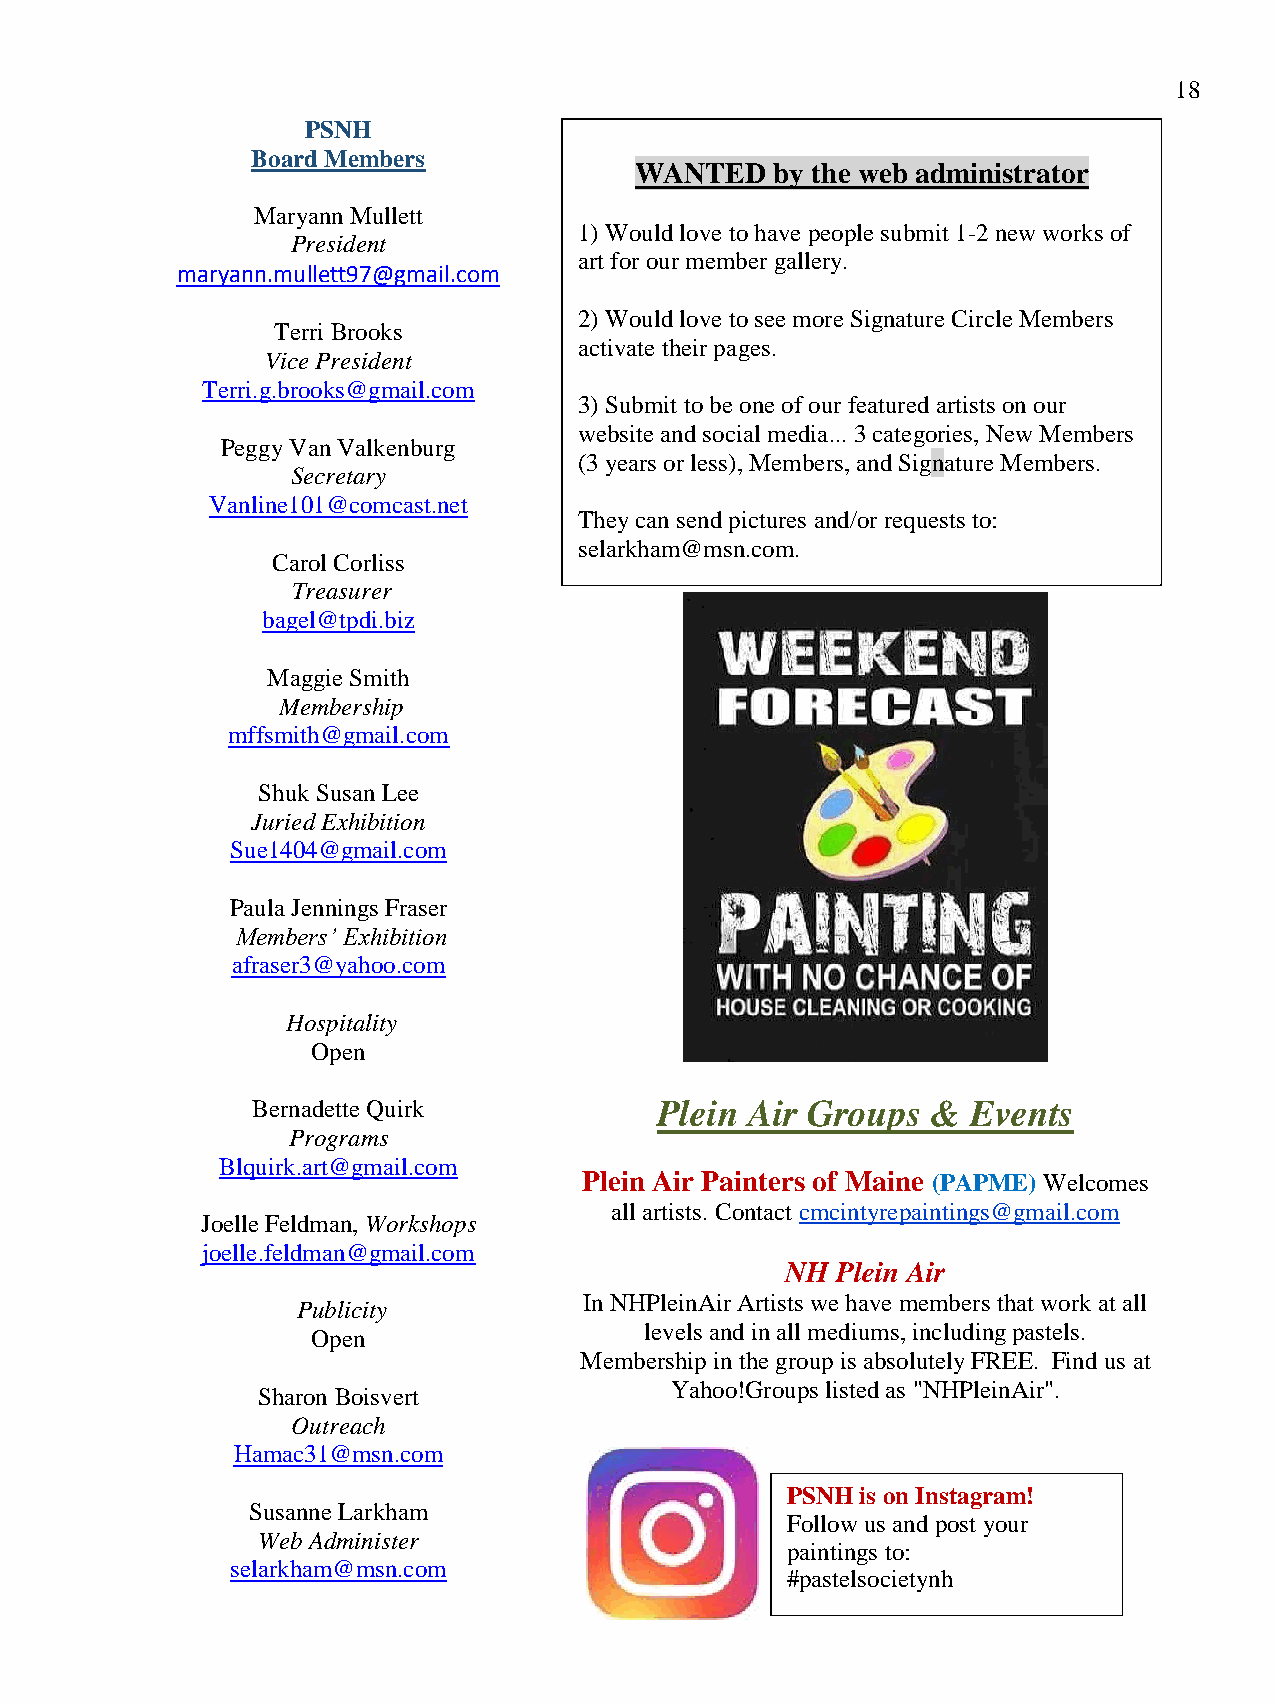
18
 PSNH
 Board Members
 WANTED   by the web administrator
 Maryann Mullett
 1) Would love to have people submit 1-2 new works of
 President
 art for our member gallery.
 maryann.mullett97@gmail.com
 2) Would love to see more Signature Circle Members
 Terri Brooks
 activate their pages.
 Vice President
 Terri.g.brooks@gmail.com
 3) Submit to be one of our featured artists on our
 website and social media... 3 categories, New Members
 Peggy Van Valkenburg
 (3 years or less), Members, and Signature Members.
 Secretary
 Vanline101@comcast.net
 They can send pictures and/or requests to:
 selarkham@msn.com.
 Carol Corliss
 Treasurer
 bagel@tpdi.biz
 Maggie Smith
 Membership
 mffsmith@gmail.com
 Shuk Susan Lee
 Juried Exhibition
 Sue1404@gmail.com
 Paula Jennings Fraser
 Members’ Exhibition
 afraser3@yahoo.com
 Hospitality
 Open
 Bernadette Quirk           Plein Air Groups  & Events
 Programs
 Blquirk.art@gmail.com
 Plein Air Painters of Maine (PAPME) Welcomes
 all artists. Contact cmcintyrepaintings@gmail.com
 Joelle Feldman, Workshops
 joelle.feldman@gmail.com
 NH Plein Air
 In NHPleinAir Artists we have members that work at all
 Publicity
 levels and in all mediums, including pastels.
 Open
 Membership in the group is absolutely FREE. Find us at
 Yahoo!Groups listed as "NHPleinAir".
 Sharon Boisvert
 Outreach
 Hamac31@msn.com
 PSNH is on Instagram!
 Susanne Larkham
 Follow us and post your
 Web Administer
 paintings to:
 selarkham@msn.com
 #pastelsocietynh